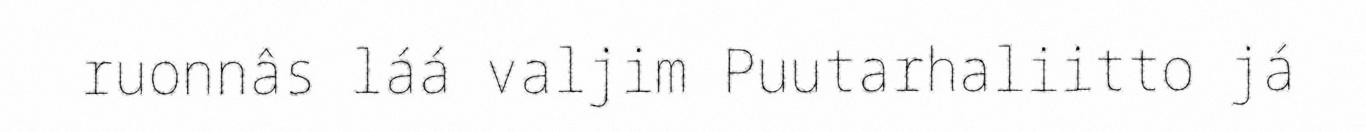
ruonnâs láá valjim Puutarhaliitto já